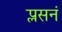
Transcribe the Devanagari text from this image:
प्लसनं